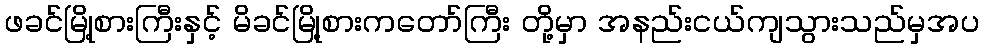
ဖခင်မြို့စားကြီးနှင့် မိခင်မြို့စားကတော်ကြီး တို့မှာ အနည်းငယ်ကျသွားသည်မှအပ